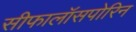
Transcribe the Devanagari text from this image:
सीफालॉसपोरिन